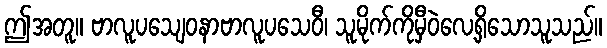
ဤအတူ။ ဗာလူပသျေဝနာဗာလူပသေဝီ၊ သူမိုက်ကိုမှီဝဲလေ့ရှိသောသူသည်။